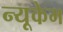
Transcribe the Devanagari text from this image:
न्यूकेम